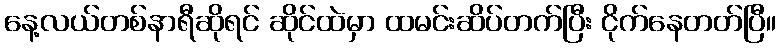
နေ့လယ်တစ်နာရီဆိုရင် ဆိုင်ထဲမှာ ထမင်းဆိပ်တက်ပြီး ငိုက်နေတတ်ပြီ။